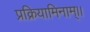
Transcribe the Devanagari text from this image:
प्रक्रियामिनाम्।।